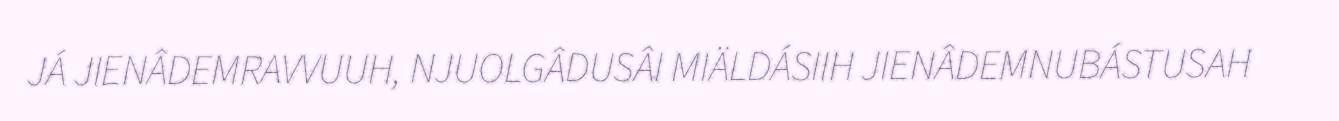
JÁ JIENÂDEMRAVVUUH, NJUOLGÂDUSÂI MIÄLDÁSIIH JIENÂDEMNUBÁSTUSAH